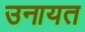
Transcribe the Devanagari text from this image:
उनायत